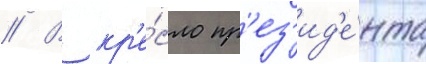
// В кр'е́сло пр'ез'ид'е́нта